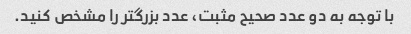
با توجه به دو عدد صحیح مثبت، عدد بزرگتر را مشخص کنید.